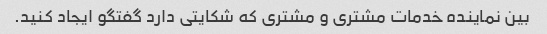
بین نماینده خدمات مشتری و مشتری که شکایتی دارد گفتگو ایجاد کنید.